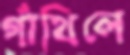
গাঁথিলে